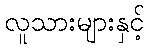
လူသားများနှင့်